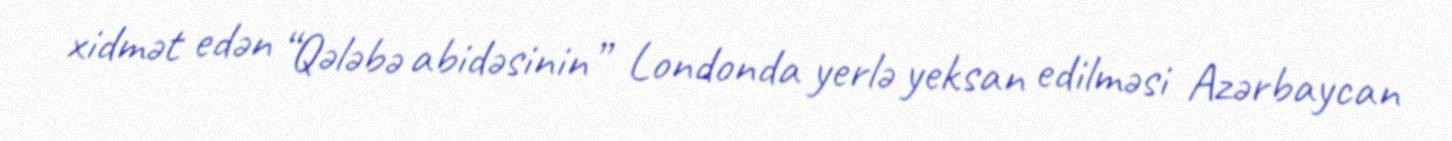
xidmət edən “Qələbə abidəsinin” Londonda yerlə yeksan edilməsi Azərbaycan